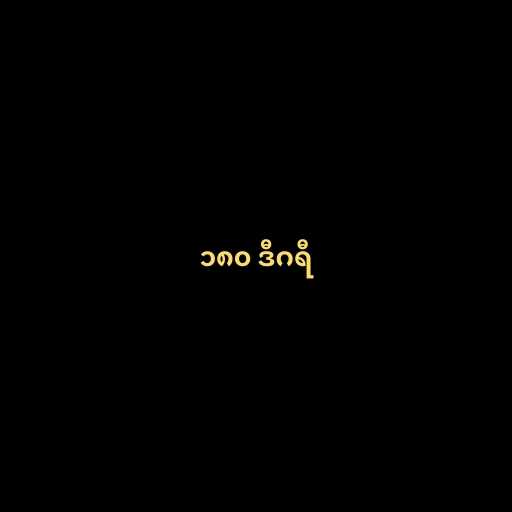
၁၈၀ ဒီဂရီ